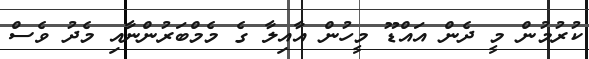
ކުރުމުން މީ ދެން އައްޑޫ މީހުން އާއިލާ ގެ މެމްބަރުންނާއި މެދު ވެސް